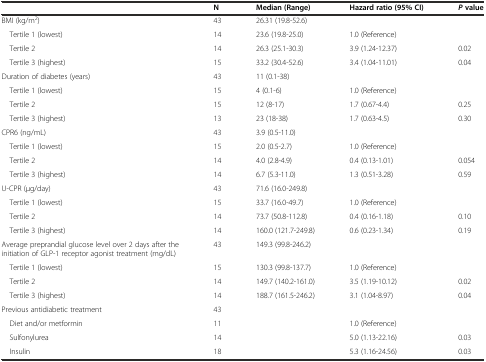
<table><thead><tr><td></td><td><b>N</b></td><td><b>Median (Range)</b></td><td><b>Hazard ratio (95% CI)</b></td><td><b><i>P</i>value</b></td></tr></thead><tbody><tr><td>BMI (kg/m<sup>2</sup>)</td><td>43</td><td>26.31 (19.8-52.6)</td><td></td><td></td></tr><tr><td> Tertile 1 (lowest)</td><td>14</td><td>23.6 (19.8-25.0)</td><td>1.0 (Reference)</td><td></td></tr><tr><td> Tertile 2</td><td>14</td><td>26.3 (25.1-30.3)</td><td>3.9 (1.24-12.37)</td><td>0.02</td></tr><tr><td> Tertile 3 (highest)</td><td>15</td><td>33.2 (30.4-52.6)</td><td>3.4 (1.04-11.01)</td><td>0.04</td></tr><tr><td>Duration of diabetes (years)</td><td>43</td><td>11 (0.1-38)</td><td></td><td></td></tr><tr><td> Tertile 1 (lowest)</td><td>15</td><td>4 (0.1-6)</td><td>1.0 (Reference)</td><td></td></tr><tr><td> Tertile 2</td><td>15</td><td>12 (8-17)</td><td>1.7 (0.67-4.4)</td><td>0.25</td></tr><tr><td> Tertile 3 (highest)</td><td>13</td><td>23 (18-38)</td><td>1.7 (0.63-4.5)</td><td>0.30</td></tr><tr><td>CPR6 (ng/mL)</td><td>43</td><td>3.9 (0.5-11.0)</td><td></td><td></td></tr><tr><td> Tertile 1 (lowest)</td><td>15</td><td>2.0 (0.5-2.7)</td><td>1.0 (Reference)</td><td></td></tr><tr><td> Tertile 2</td><td>14</td><td>4.0 (2.8-4.9)</td><td>0.4 (0.13-1.01)</td><td>0.054</td></tr><tr><td> Tertile 3 (highest)</td><td>14</td><td>6.7 (5.3-11.0)</td><td>1.3 (0.51-3.28)</td><td>0.59</td></tr><tr><td>U-CPR (μg/day)</td><td>43</td><td>71.6 (16.0-249.8)</td><td></td><td></td></tr><tr><td> Tertile 1 (lowest)</td><td>15</td><td>33.7 (16.0-49.7)</td><td>1.0 (Reference)</td><td></td></tr><tr><td> Tertile 2</td><td>14</td><td>73.7 (50.8-112.8)</td><td>0.4 (0.16-1.18)</td><td>0.10</td></tr><tr><td> Tertile 3 (highest)</td><td>14</td><td>160.0 (121.7-249.8)</td><td>0.6 (0.23-1.34)</td><td>0.19</td></tr><tr><td>Average preprandial glucose level over 2 days after the initiation of GLP-1 receptor agonist treatment (mg/dL)</td><td>43</td><td>149.3 (99.8-246.2)</td><td></td><td></td></tr><tr><td> Tertile 1 (lowest)</td><td>15</td><td>130.3 (99.8-137.7)</td><td>1.0 (Reference)</td><td></td></tr><tr><td> Tertile 2</td><td>14</td><td>149.7 (140.2-161.0)</td><td>3.5 (1.19-10.12)</td><td>0.02</td></tr><tr><td> Tertile 3 (highest)</td><td>14</td><td>188.7 (161.5-246.2)</td><td>3.1 (1.04-8.97)</td><td>0.04</td></tr><tr><td>Previous antidiabetic treatment</td><td>43</td><td></td><td></td><td></td></tr><tr><td> Diet and/or metformin</td><td>11</td><td></td><td>1.0 (Reference)</td><td></td></tr><tr><td> Sulfonylurea</td><td>14</td><td></td><td>5.0 (1.13-22.16)</td><td>0.03</td></tr><tr><td> Insulin</td><td>18</td><td></td><td>5.3 (1.16-24.56)</td><td>0.03</td></tr></tbody></table>